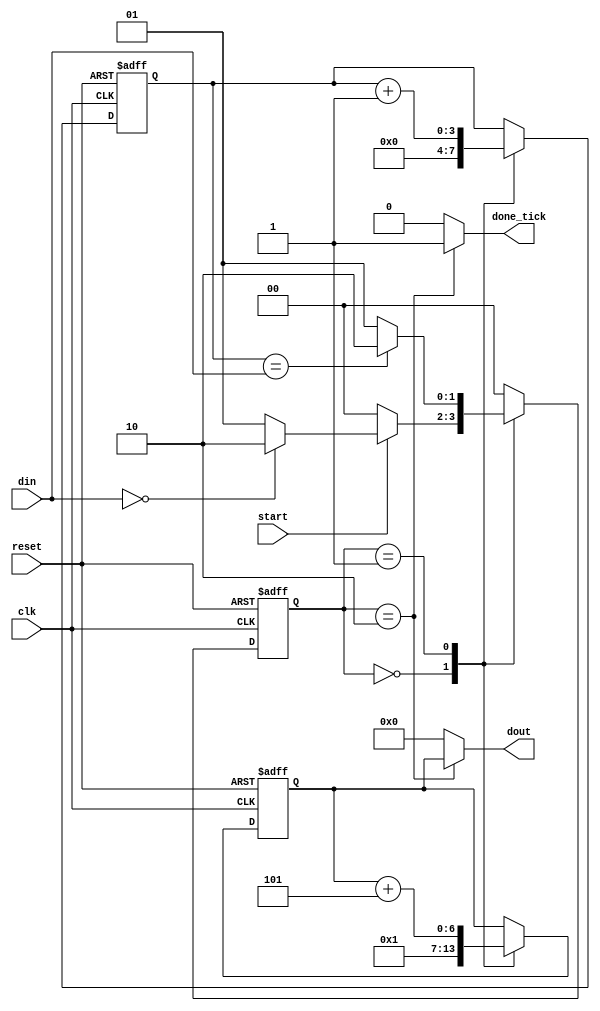
module asm_ex(
    input clk, start, reset,
	 input [3:0] din,
	 output reg [6:0] dout,
	 output reg done_tick
);
reg [1:0] next_s, current_s;
reg [3:0] next_n, n;
reg [6:0] next_fn, fn; 
localparam idle=2'b00, op=2'b01, done=2'b10;
always @(posedge clk, posedge reset)
if (reset) 
	begin
		current_s <= idle;
		n <= 0;
		fn <= 1;
	end	
else
	begin
		current_s <= next_s;
		n <= next_n;
		fn <= next_fn;
	end	
always @* begin
	next_s = current_s;
	next_n = n;
	next_fn = fn;
	done_tick = 0;
	dout = 0;
	case(current_s)
		idle: 
			begin
				next_n=0;
				next_fn=1;
				next_s = (start) ? ((din==0) ? done:op) : idle;
			end
		op:
			begin
				next_n = n + 1;
				next_fn = fn + 5;
				next_s = (n==din) ? done : op;
			end
		done:
			begin
				done_tick = 1'b1;
				dout = fn;
				next_s  = idle;
			end
		default: next_s = idle;	
	endcase 
end 
endmodule